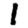
Digit: 1